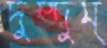
দুম্‌দুম্‌